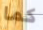
كما